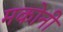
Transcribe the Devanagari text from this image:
मकोनी